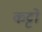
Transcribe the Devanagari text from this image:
कट्टो